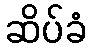
ဆိပ်ခံ